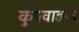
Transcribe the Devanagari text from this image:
कुपवाड५६